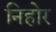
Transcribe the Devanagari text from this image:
निहोर